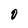
Character: 0